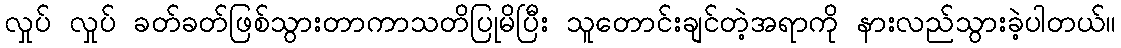
လှုပ် လှုပ် ခတ်ခတ်ဖြစ်သွားတာကာသတိပြုမိပြီး သူတောင်းချင်တဲ့အရာကို နားလည်သွားခဲ့ပါတယ်။